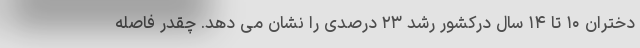
دختران ۱۰ تا ۱۴ سال درکشور رشد ۲۳ درصدی را نشان می دهد. چقدر فاصله